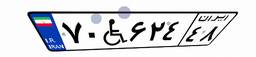
۷۰W۶۲۴۴۸